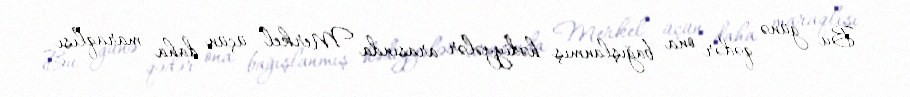
Bu günə qədər ona bağışlanmış hədiyyələr arasında Merkel üçün daha maraqlısı